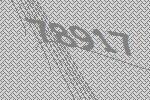
78917